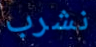
نشرب